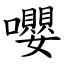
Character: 嚶